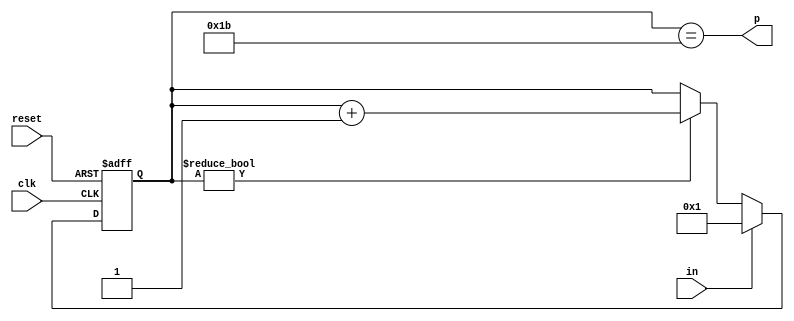
module dly550ns(input clk, input reset, input in, output p);
	reg [5-1:0] r;
	always @(posedge clk or posedge reset) begin
		if(reset)
			r <= 0;
		else begin
			if(r)
				r <= r + 5'b1;
			if(in)
				r <= 1;
		end
	end
	assign p = r == 27;
endmodule